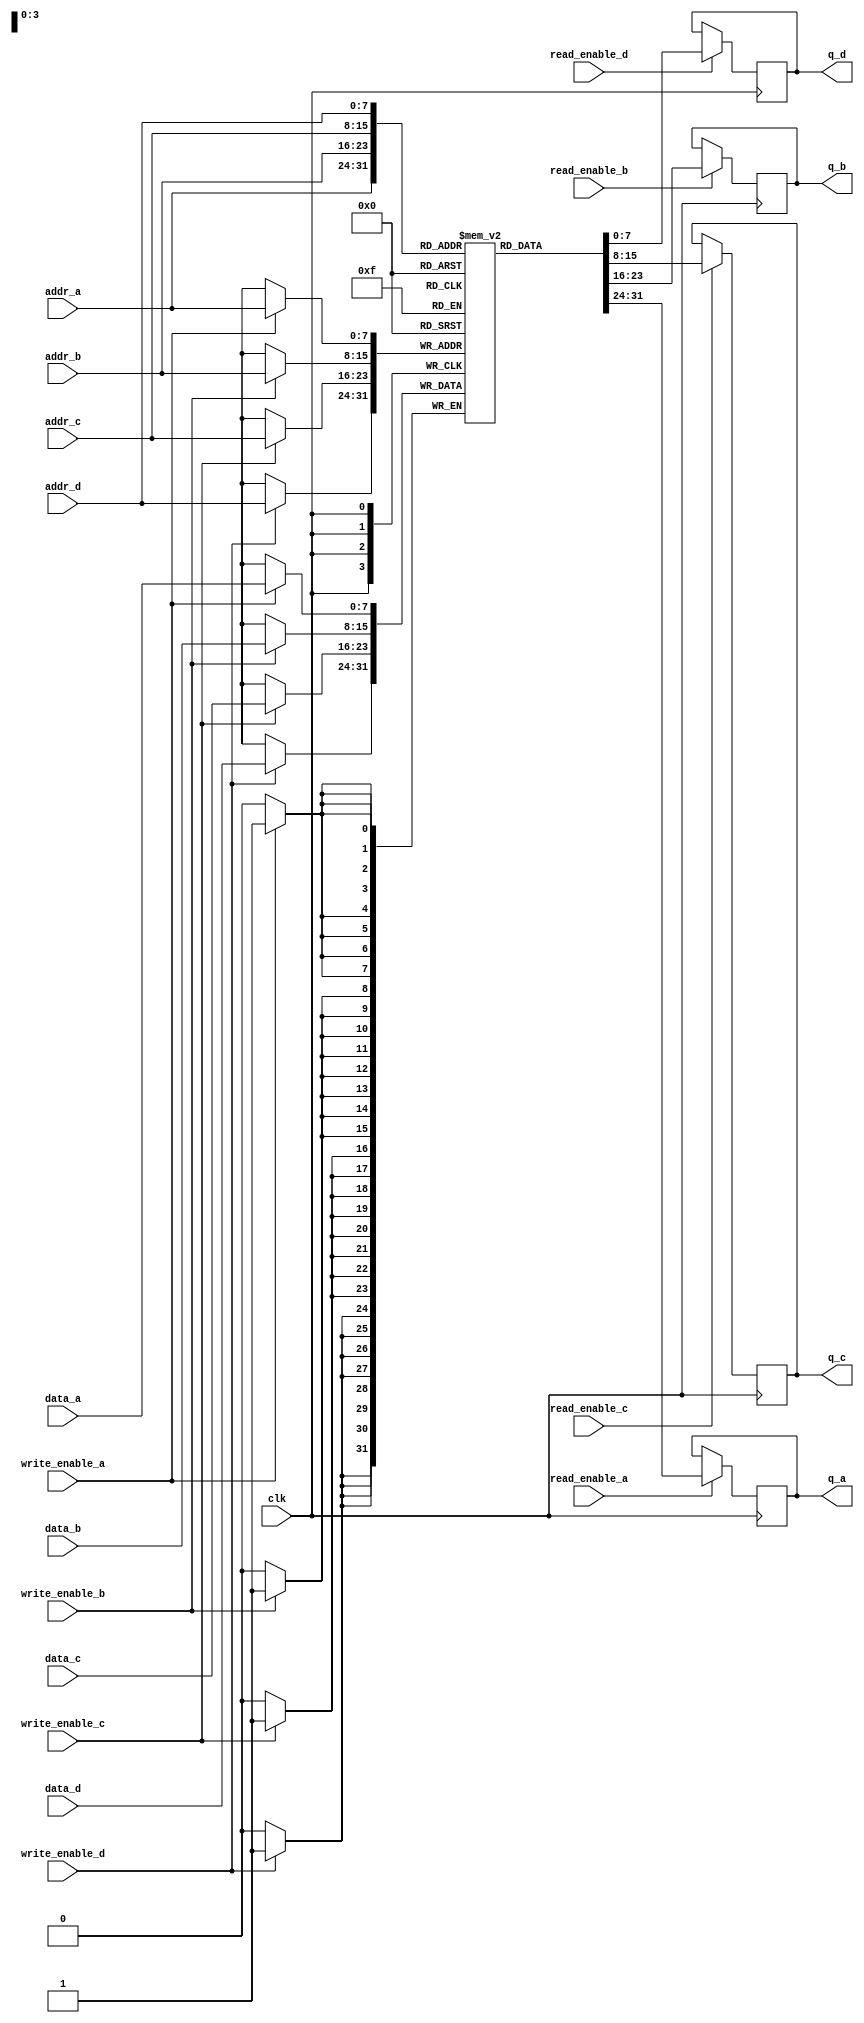
module quad_port_sram #(
    parameter ADDR_WIDTH = 8,  // Address width (for 256 depth)
    parameter DATA_WIDTH = 8,   // Data width for each port
    parameter MEM_DEPTH = 256    // Memory depth
)(
    input wire clk,                          // Clock signal
    input wire [ADDR_WIDTH-1:0] addr_a,     // Address for Port A
    input wire [ADDR_WIDTH-1:0] addr_b,     // Address for Port B
    input wire [ADDR_WIDTH-1:0] addr_c,     // Address for Port C
    input wire [ADDR_WIDTH-1:0] addr_d,     // Address for Port D
    input wire [DATA_WIDTH-1:0] data_a,     // Data input for Port A
    input wire [DATA_WIDTH-1:0] data_b,     // Data input for Port B
    input wire [DATA_WIDTH-1:0] data_c,     // Data input for Port C
    input wire [DATA_WIDTH-1:0] data_d,     // Data input for Port D
    input wire read_enable_a,                 // Read enable for Port A
    input wire read_enable_b,                 // Read enable for Port B
    input wire read_enable_c,                 // Read enable for Port C
    input wire read_enable_d,                 // Read enable for Port D
    input wire write_enable_a,                // Write enable for Port A
    input wire write_enable_b,                // Write enable for Port B
    input wire write_enable_c,                // Write enable for Port C
    input wire write_enable_d,                // Write enable for Port D
    output reg [DATA_WIDTH-1:0] q_a,         // Data output for Port A
    output reg [DATA_WIDTH-1:0] q_b,         // Data output for Port B
    output reg [DATA_WIDTH-1:0] q_c,         // Data output for Port C
    output reg [DATA_WIDTH-1:0] q_d          // Data output for Port D
);

    // Memory array declaration
    reg [DATA_WIDTH-1:0] memory [0:MEM_DEPTH-1];

    // Write and Read operations for each port
    always @(posedge clk) begin
        // Port A operations
        if (write_enable_a) begin
            memory[addr_a] <= data_a; // Write data to memory
        end
        if (read_enable_a) begin
            q_a <= memory[addr_a]; // Read data from memory
        end

        // Port B operations
        if (write_enable_b) begin
            memory[addr_b] <= data_b; // Write data to memory
        end
        if (read_enable_b) begin
            q_b <= memory[addr_b]; // Read data from memory
        end

        // Port C operations
        if (write_enable_c) begin
            memory[addr_c] <= data_c; // Write data to memory
        end
        if (read_enable_c) begin
            q_c <= memory[addr_c]; // Read data from memory
        end

        // Port D operations
        if (write_enable_d) begin
            memory[addr_d] <= data_d; // Write data to memory
        end
        if (read_enable_d) begin
            q_d <= memory[addr_d]; // Read data from memory
        end
    end

endmodule